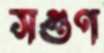
সগুণ